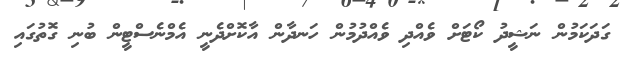
ގަދަކަމުން ނަޝީދު ކޯޓަށް ވެއްދި ވެއްދުމުން ހަނދާން އާކޮށްދެނީ އެމްނެސްޓީން ބުނި ގޮތުގައި